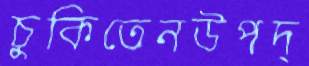
চুকিতেনউপদ্